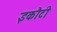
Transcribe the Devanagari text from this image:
इकौटी